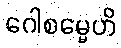
ဂေါစမ္မေဟိ